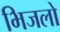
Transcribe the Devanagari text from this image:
भिजलो